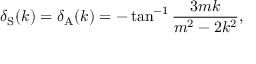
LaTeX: \delta _ { \mathrm { S } } ( k ) = \delta _ { \mathrm { A } } ( k ) = - \tan ^ { - 1 } \frac { 3 m k } { m ^ { 2 } - 2 k ^ { 2 } } ,